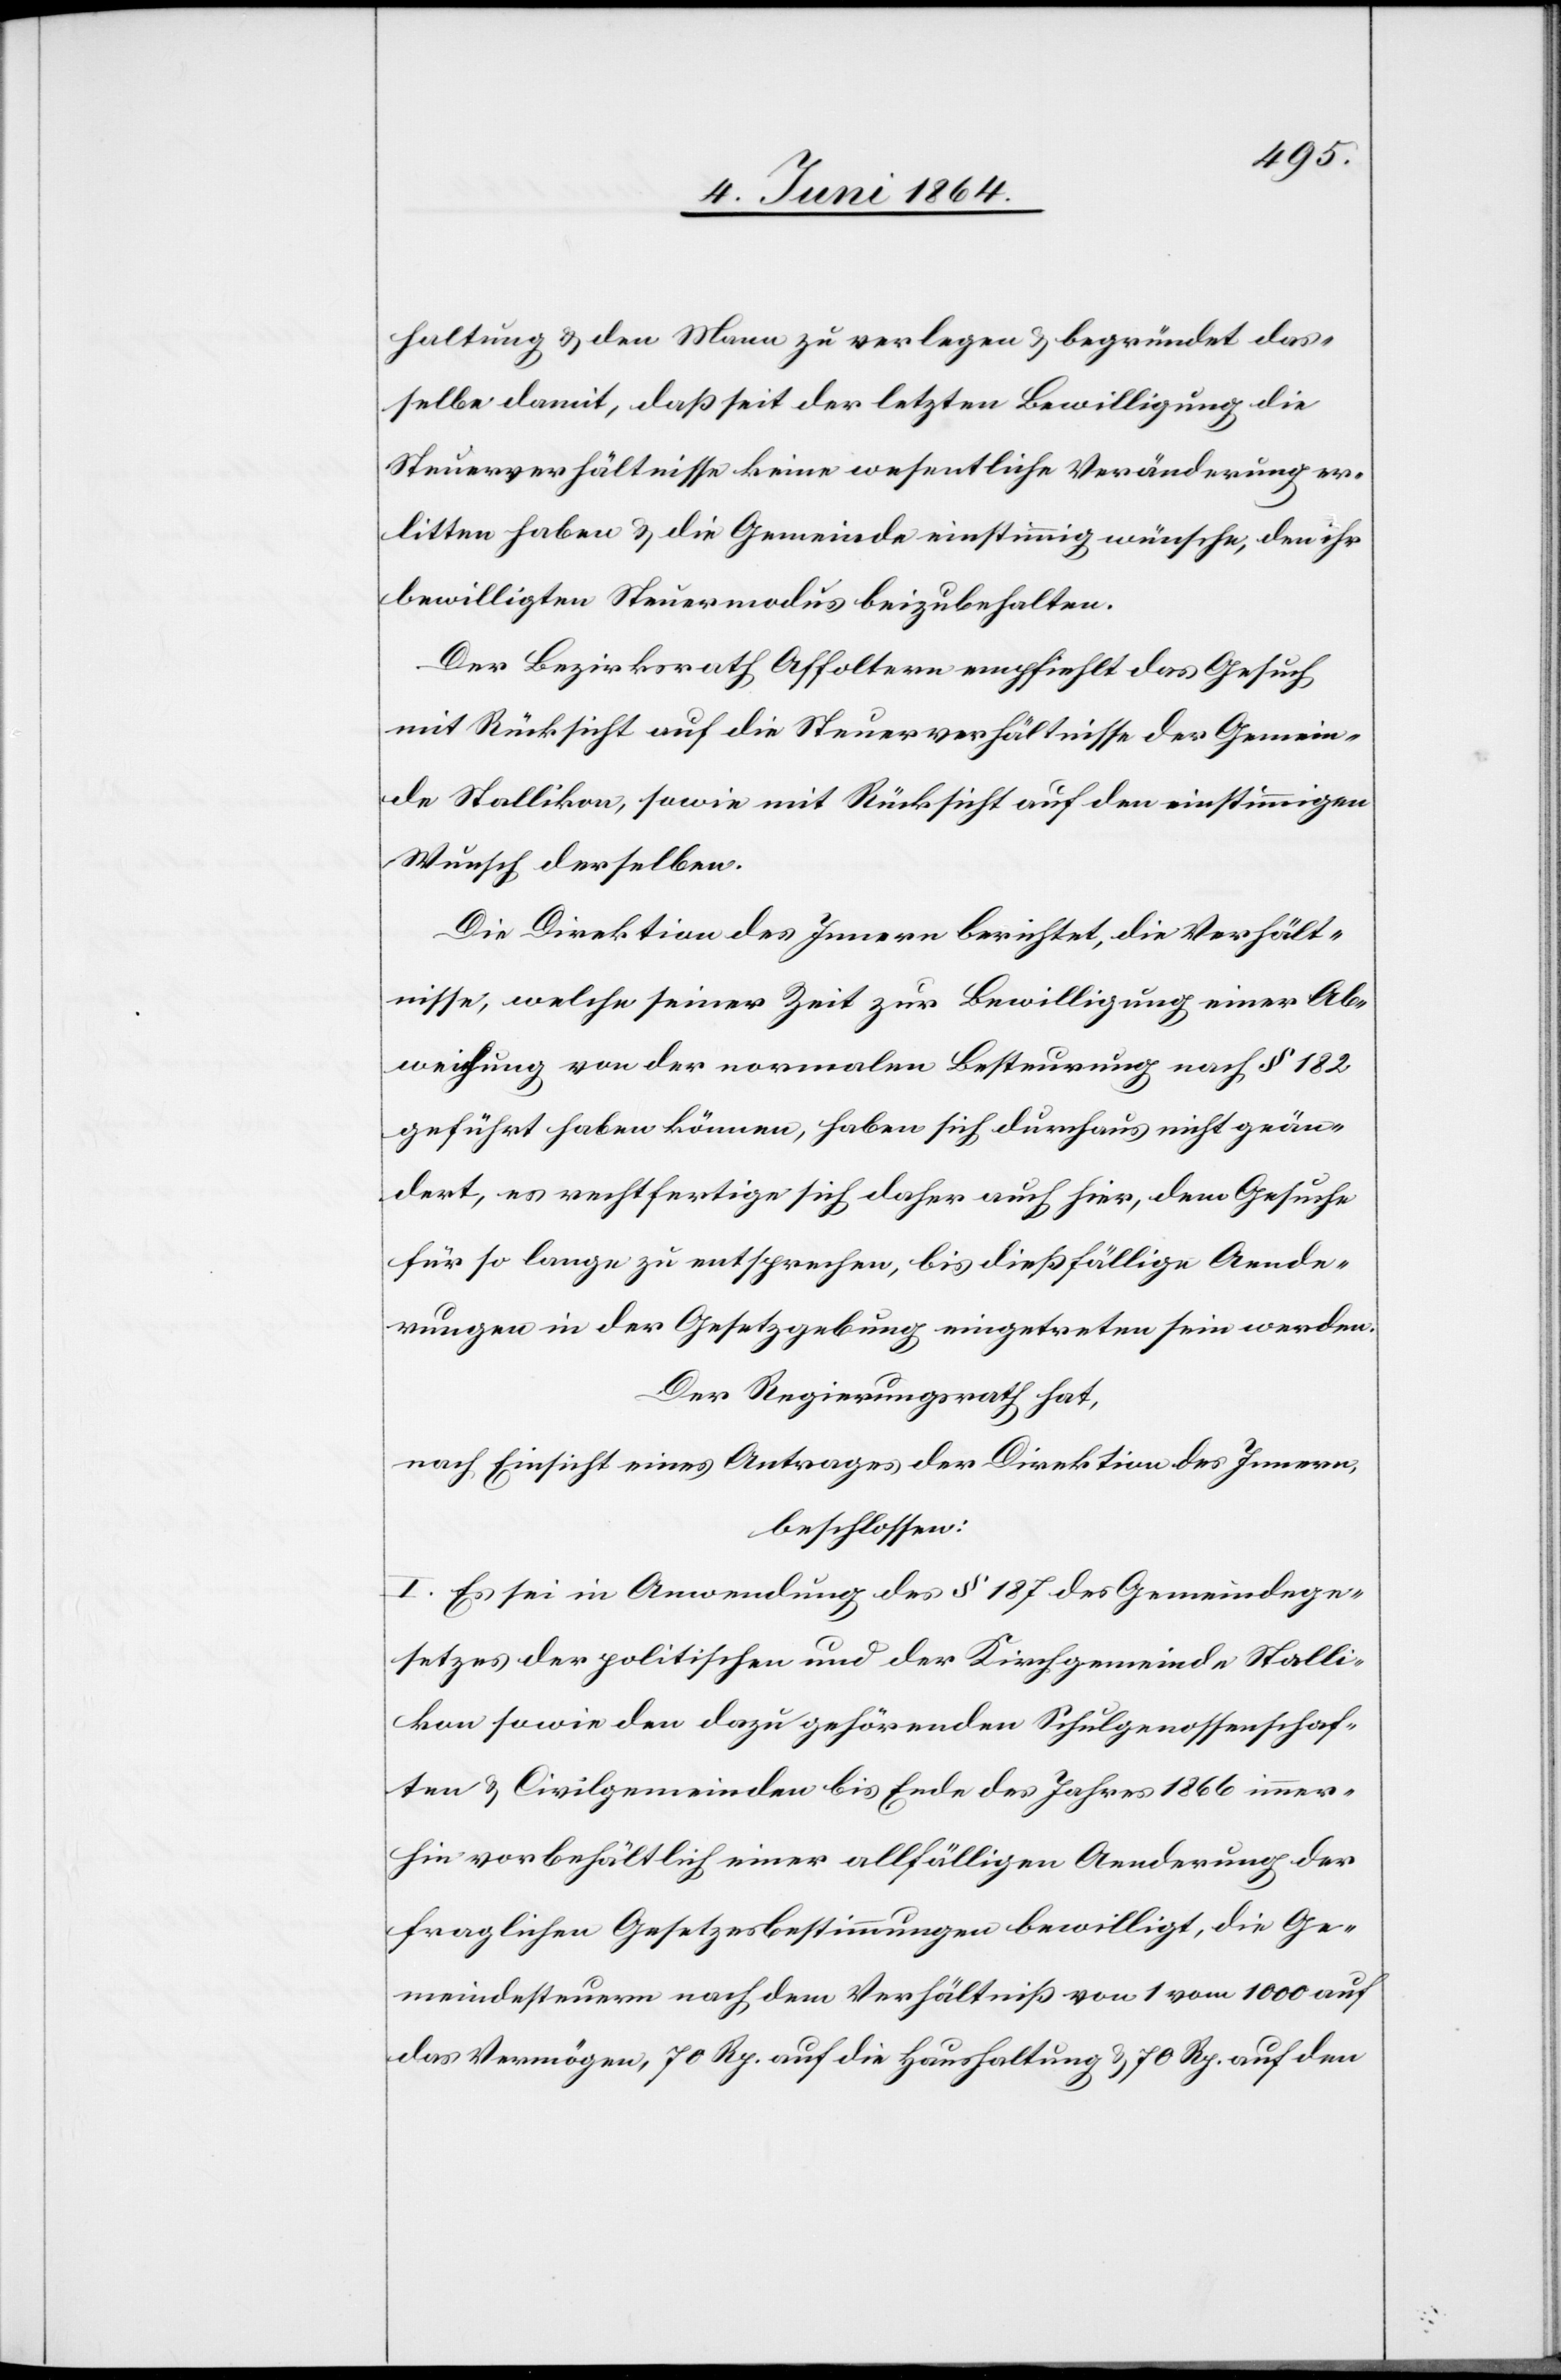
haltung u. den Mann zu verlegen u. begründet das¬
selbe damit, daß seit der letzten Bewilligung die
Steuerverhältnisse keine wesentliche Veränderung er¬
litten haben u. die Gemeinde einstimmig wünsche, den ihr
bewilligten Steuermodus beizubehalten.
Der Bezirksrath Affoltern empfiehlt das Gesuch
mit Rücksicht auf die Steuerverhältnisse der Gemein¬
de Stallikon, sowie mit Rücksicht auf den einstimmigen
Wunsch derselben.
Die Direktion des Innern berichtet, die Verhält¬
nisse, welche seiner Zeit zur Bewilligung einer Ab¬
weichung von der normalen Besteuerung nach § 182
geführt haben können, haben sich durchaus nicht geän¬
dert, es rechtfertige sich daher auch hier, dem Gesuche
für so lange zu entsprechen, bis dießfällige Aende¬
rungen in der Gesetzgebung eingetreten sein werden.
Der Regierungsrath hat,
nach Einsicht eines Antrages der Direktion des Innern,
beschlossen:
I. Es sei in Anwendung des § 187 des Gemeindege¬
setzes der politischen und der Kirchgemeinde Stalli¬
kon sowie den dazu gehörenden Schulgenossenschaf¬
ten u. Civilgemeinden bis Ende des Jahres 1866 immer¬
hin vorbehältlich einer allfälligen Aenderung der
fraglichen Gesetzesbestimmungen bewilligt, die Ge¬
meindesteuern nach dem Verhältniß von 1 vom 1000 auf
das Vermögen, 70 Rp. auf die Haushaltung u. 70 Rp. auf den